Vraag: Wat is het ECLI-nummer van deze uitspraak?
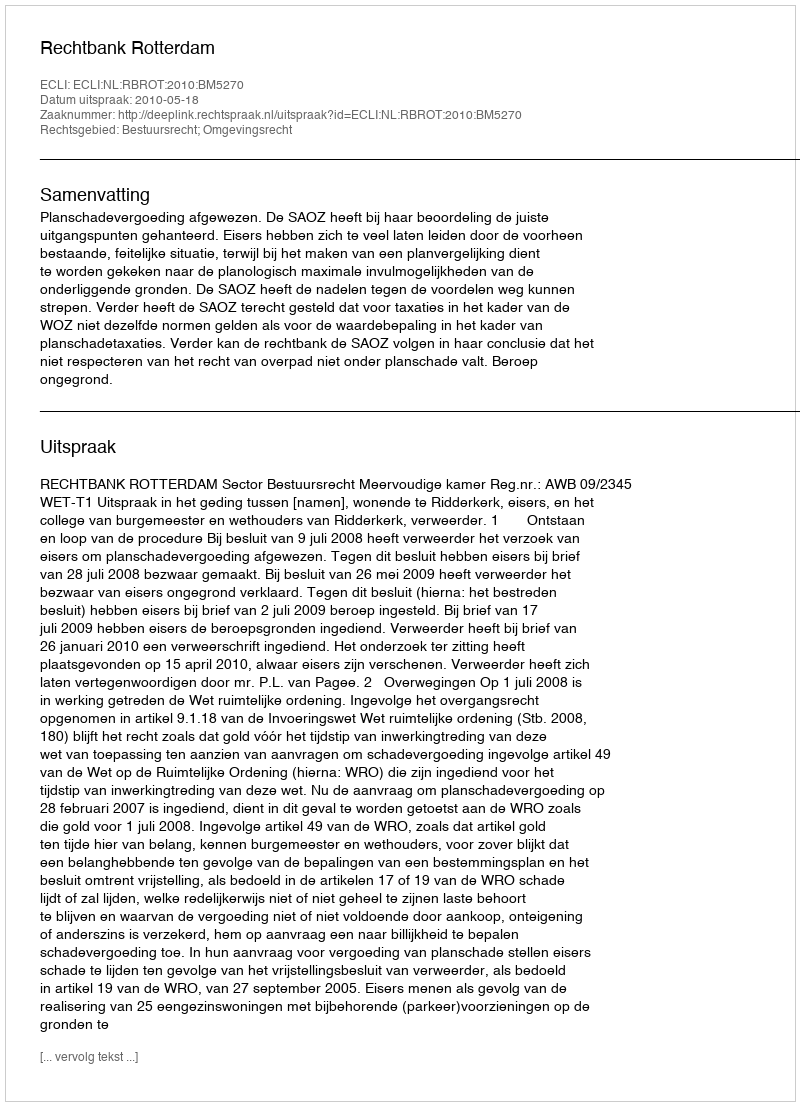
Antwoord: ECLI:NL:RBROT:2010:BM5270